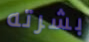
بشرته